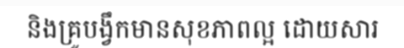
និងគ្រូបង្វឹកមានសុខភាពល្អ ដោយសារ